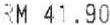
RM 41.90